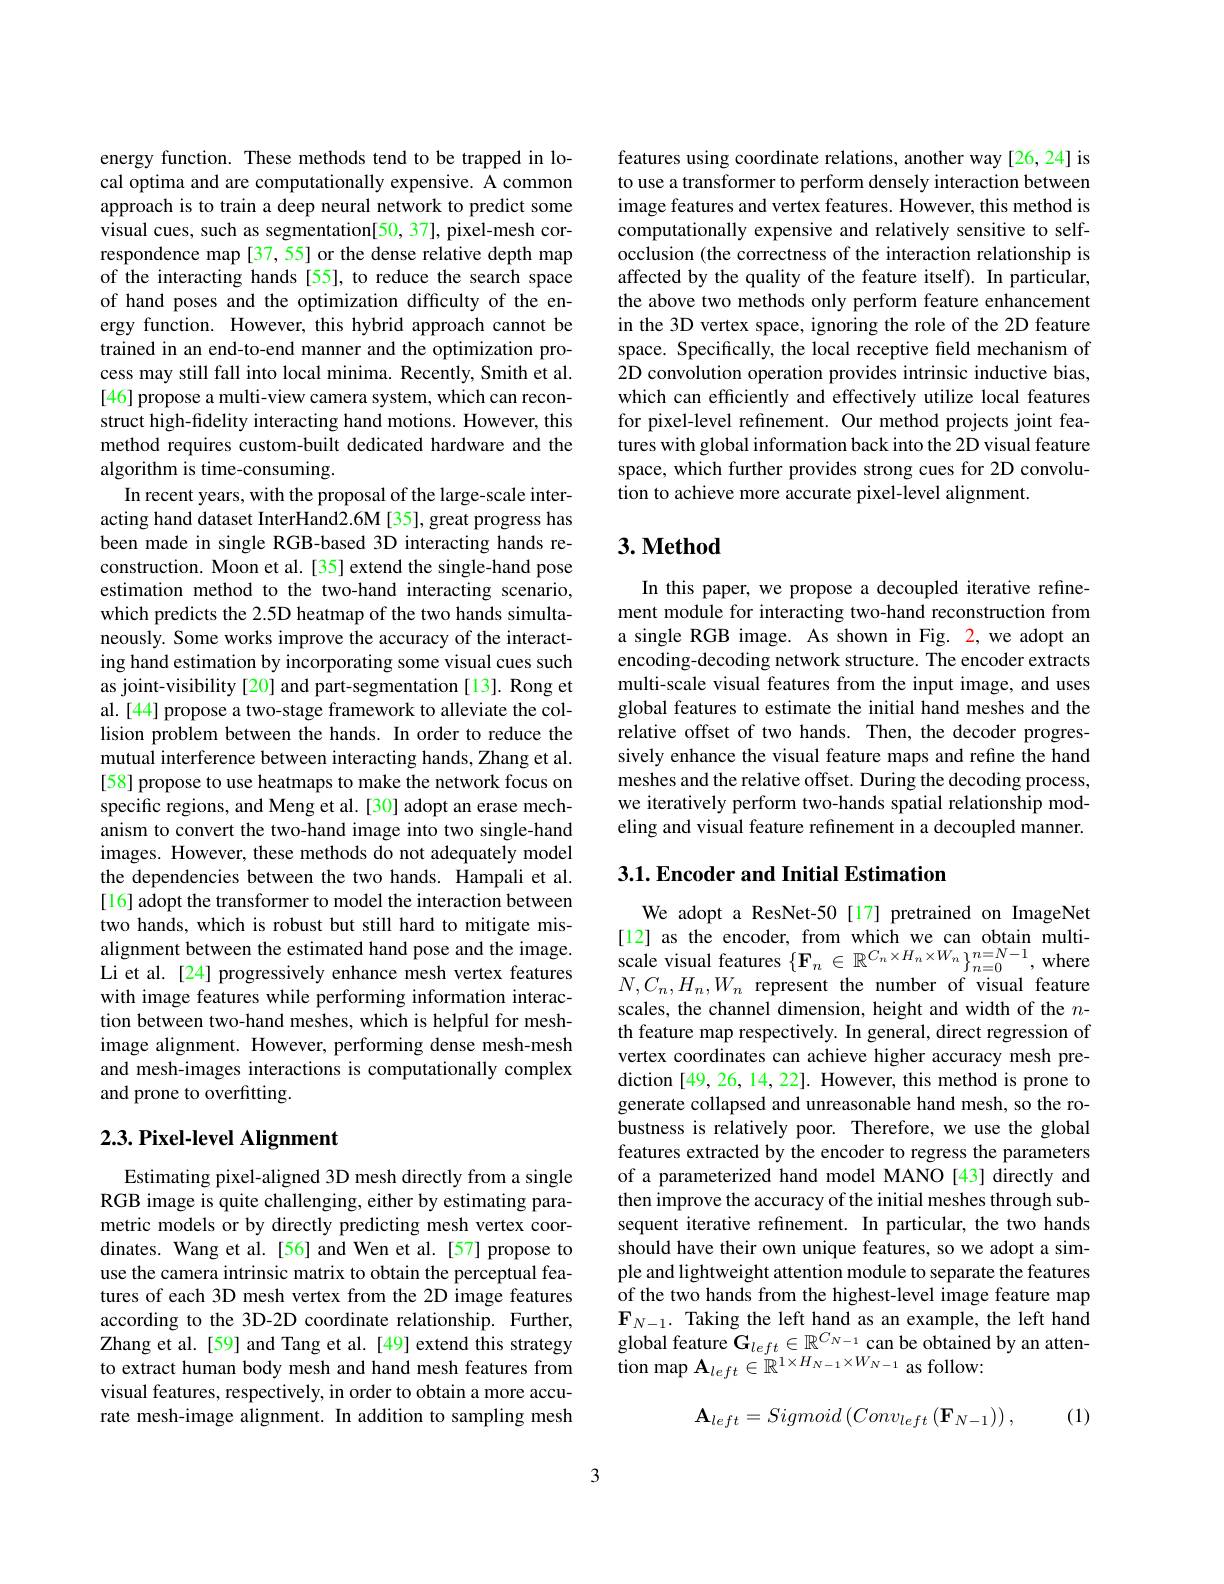
energy function. These methods tend to be trapped in local optima and are computationally expensive. A common approach is to train a deep neural network to predict some visual cues, such as segmentation[50, 37], pixel-mesh correspondence map [37, 55] or the dense relative depth map of the interacting hands [55], to reduce the search space of hand poses and the optimization difficulty of the energy function. However, this hybrid approach cannot be trained in an end-to-end manner and the optimization process may still fall into local minima. Recently, Smith et al. [46] propose a multi-view camera system, which can reconstruct high-fidelity interacting hand motions. However, this method requires custom-built dedicated hardware and the algorithm is time-consuming.
In recent years, with the proposal of the large-scale interacting hand dataset InterHand2.6M [35], great progress has been made in single RGB-based 3D interacting hands reconstruction. Moon et al.[35] extend the single-hand pose estimation method to the two-hand interacting scenario, which predicts the 2.5D heatmap of the two hands simultaneously. Some works improve the accuracy of the interacting hand estimation by incorporating some visual cues such as joint-visibility[20] and part-segmentation[13]. Rong et al. [44] propose a two-stage framework to alleviate the collision problem between the hands. In order to reduce the mutual interference between interacting hands, Zhang et al. [58] propose to use heatmaps to make the network focus on specific regions, and Meng et al.[30] adopt an erase mechanism to convert the two-hand image into two single-hand images. However, these methods do not adequately model the dependencies between the two hands. Hampali et al. [16] adopt the transformer to model the interaction between two hands, which is robust but still hard to mitigate misalignment between the estimated hand pose and the image. Li et al.[24] progressively enhance mesh vertex features with image features while performing information interaction between two-hand meshes, which is helpful for meshimage alignment. However, performing dense mesh-mesh and mesh-images interactions is computationally complex and prone to overfitting.

## $2. 3. \textbf{Pixel- level Alignment}$

Estimating pixel-aligned 3D mesh directly from a single RGB image is quite challenging, either by estimating parametric models or by directly predicting mesh vertex coordinates. Wang et al.[56] and Wen et al.[57] propose to use the camera intrinsic matrix to obtain the perceptual features of each 3D mesh vertex from the 2D image features according to the 3D-2D coordinate relationship. Further, Zhang et al.[59] and Tang et al.[49] extend this strategy to extract human body mesh and hand mesh features from visual features, respectively, in order to obtain a more accurate mesh-image alignment. In addition to sampling mesh

features using coordinate relations, another way [26, 24] is to use a transformer to perform densely interaction between image features and vertex features. However, this method is computationally expensive and relatively sensitive to selfocclusion (the correctness of the interaction relationship is affected by the quality of the feature itself). In particular, the above two methods only perform feature enhancement in the 3D vertex space, ignoring the role of the 2D feature space. Specifically, the local receptive field mechanism of $\hat{2\text{D convolution operation provides intrinsic inductive bias,}}$ which can efficiently and effectively utilize local features for pixel-level refinement. Our method projects joint features with global information back into the 2D visual feature space, which further provides strong cues for 2D convolution to achieve more accurate pixel-level alignment.

## $3. \textbf{Method}$

In this paper, we propose a decoupled iterative refinement module for interacting two-hand reconstruction from a single RGB image. As shown in Fig. 2, we adopt an encoding-decoding network structure. The encoder extracts multi-scale visual features from the input image, and uses global features to estimate the initial hand meshes and the relative offset of two hands. Then, the decoder progressively enhance the visual feature maps and refine the hand meshes and the relative offset. During the decoding process, we iteratively perform two-hands spatial relationship modeling and visual feature refinement in a decoupled manner.

## 3.1. Encoder and Initial Estimation

We adopt a ResNet-50 [17] pretrained on ImageNet $\begin{array}{ll}{[12]}&{\mathrm{as~the~encoder,~from~which~we~can~obtain~multi-}}\\{\mathrm{scale~visual~features~}\{\mathbf{F}_{n}\in\mathbb{R}^{C_{n}\times H_{n}\times W_{n}}\}_{n=0}^{n=N-1},\mathrm{where}}\\{\mathrm{w}}&{\mathrm{w}}\end{array}$ $N,C_n,H_n,W_n$ represent the number of visual feature scales, the channel dimension, height and width of the $n$- th feature map respectively. In general, direct regression of vertex coordinates can achieve higher accuracy mesh prediction [49, 26, 14, 22]. However, this method is prone to generate collapsed and unreasonable hand mesh, so the robustness is relatively poor. Therefore, we use the global features extracted by the encoder to regress the parameters of a parameterized hand model MANO [43] directly and then improve the accuracy of the initial meshes through subsequent iterative refinement. In particular, the two hands should have their own unique features, so we adopt a simple and lightweight attention module to separate the features of the two hands from the highest-level image feature map $\mathbf{F}_{N-1}.$ Taking the left hand as an example, the left hand $\begin{array}{l}{\text{global feature G}_{left}\in\mathbb{R}^{C_{N-1}}\text{can be obtained by an atten-}}\\{\text{tion map A}_{left}\in\mathbb{R}^{1\times H_{N-1}\times W_{N-1}}\text{ as follow:}}\end{array}$
$$\mathbf{A}_{left}=Sigmoid\left(Conv_{left}\left(\mathbf{F}_{N-1}\right)\right),$$
(1)

3